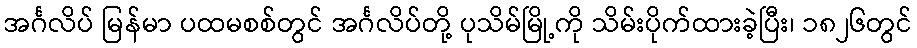
အင်္ဂလိပ် မြန်မာ ပထမစစ်တွင် အင်္ဂလိပ်တို့ ပုသိမ်မြို့ကို သိမ်းပိုက်ထားခဲ့ပြီး၊ ၁၈၂၆တွင်